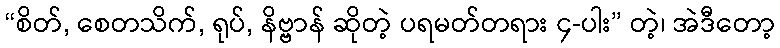
“စိတ်, စေတသိက်, ရုပ်, နိဗ္ဗာန် ဆိုတဲ့ ပရမတ်တရား ၄-ပါး” တဲ့၊ အဲဒီတော့